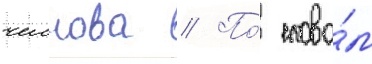
челнова // По́ слова́м